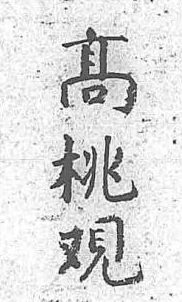
高桃覌